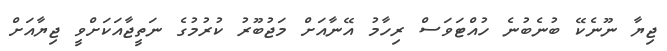
ޖިޔާ ނޫނެކޭ ބުނެބުނެ ހުއްޓަވަސް ރިހާމު އޭނާއަށް މަޖުބޫރު ކުރުމުގެ ނަތީޖާއަކަށްވީ ޖިޔާއަށް